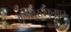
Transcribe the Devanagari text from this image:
रामसुरतकुमार